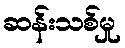
ဆန်းသစ်မှု